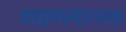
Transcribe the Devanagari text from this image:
वाद्यगत्यात्मक